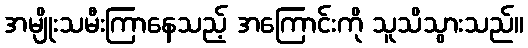
အမျိုးသမီးကြာနေသည့် အကြောင်းကို သူသိသွားသည်။